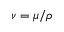
\nu = \mu / \rho